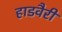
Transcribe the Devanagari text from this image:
हाडवैरी